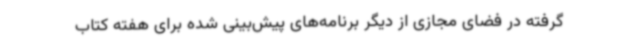
گرفته در فضای مجازی از دیگر برنامه‌های پیش‌بینی شده برای هفته کتاب